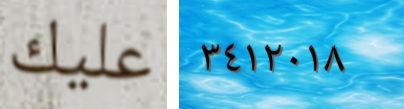
عليك ٣٤١٢٠١٨